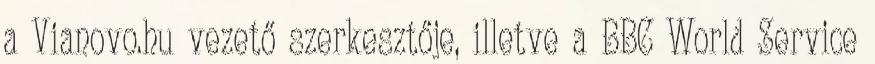
a Vianovo.hu vezető szerkesztője, illetve a BBC World Service